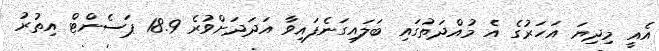
އެއީ މިދިޔަ އަހަރުގެ އެ މުއްދަތުގައި ބަލައިގަނެފައިވާ އަދަދަށްވުރެ 18.9 ޕަސެންޓް އިތުރު